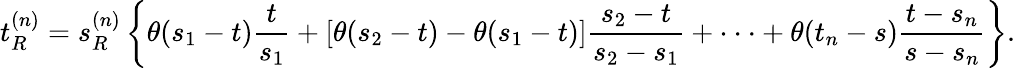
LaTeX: t_{R}^{(n)}=s_{R}^{(n)}\left\{ \theta(s_{1}-t){\frac{t}{s_{1}}}+[\theta(s_{2}-t)-\theta(s_{1}-t)]{\frac{s_{2}-t}{s_{2}-s_{1}}}+\cdot\cdot\cdot+\theta(t_{n}-s){\frac{t-s_{n}}{s-s_{n}}}\right\} .